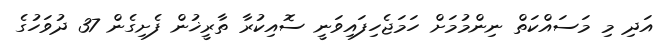
އަދި މި މަސައްކަތް ނިންމުމަށް ހަމަޖެހިފައިވަނީ ސޮއިކުރާ ތާރީޚުން ފެށިގެން 37 ދުވަހުގެ